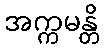
အက္ကမန္တိ